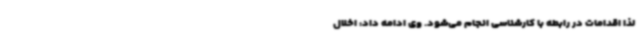
لذا اقدامات در رابطه با کارشناسی انجام می‌شود. وی ادامه داد: اخلال